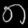
Digit: ၈